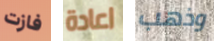
فازت اعادة وذهب